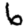
Digit: 6